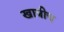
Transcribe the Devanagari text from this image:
खात्रीच